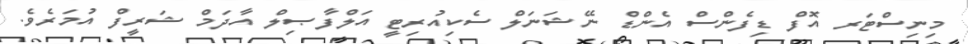
މިނިސްޓަރ އޮފް ޑިފެންސް އެންޑް ނޭޝަނަލް ސެކިއުރިޓީ އަލްފާޞިލް އާދަމް ޝަރީފް އުމަރެވެ.